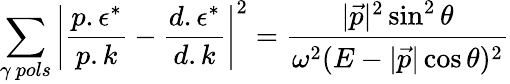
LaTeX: \sum_{\gamma\ pols}\left|\frac{p.\epsilon^{*}}{p.k}-\frac{d.\epsilon^{*}}{d.k}\right|^{2}=\frac{|\vec{p}|^{2}\sin^{2}\theta}{\omega^{2}(E-|\vec{p}|\cos\theta)^{2}}